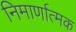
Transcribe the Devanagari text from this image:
निमार्णात्मक